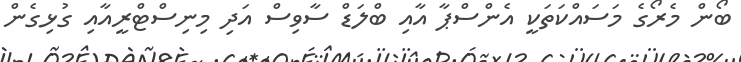
ބޯން މެރޯގެ މަސައްކަތަކީ އެންސްޕާ އާއި ބްލަޑް ސާވިސް އަދި މިނިސްޓްރީއާއި ގުޅިގެން